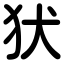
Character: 犾